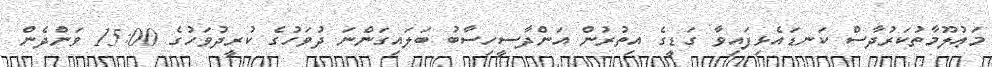
މަޢުލޫމާތުކަރުދާސް ކަނޑައެޅިފައިވާ ގަޑީގެ އިތުރުން އަންދާސީހިސާބު ބަލައިގަންނަ ދުވަހުގެ ކުރީދުވަހުގެ 15:00 ވަންދެން